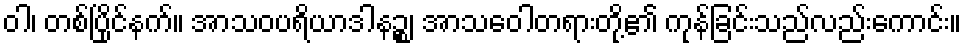
ဝါ၊ တစ်ပြိုင်နက်။ အာသဝပရိယာဒါနဉ္စ၊ အာသဝေါတရားတို့၏ ကုန်ခြင်းသည်လည်းကောင်း။